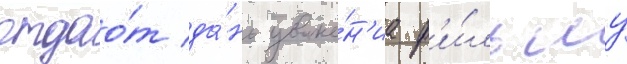
отдао́т да́нь уваже́н'иа ф'и́льму